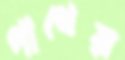
পাথেয়